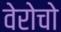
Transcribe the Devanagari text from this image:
वेरोचो